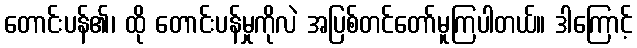
တောင်းပန်၏၊ ထို တောင်းပန်မှုကိုလဲ အပြစ်တင်တော်မူကြပါတယ်။ ဒါကြောင့်